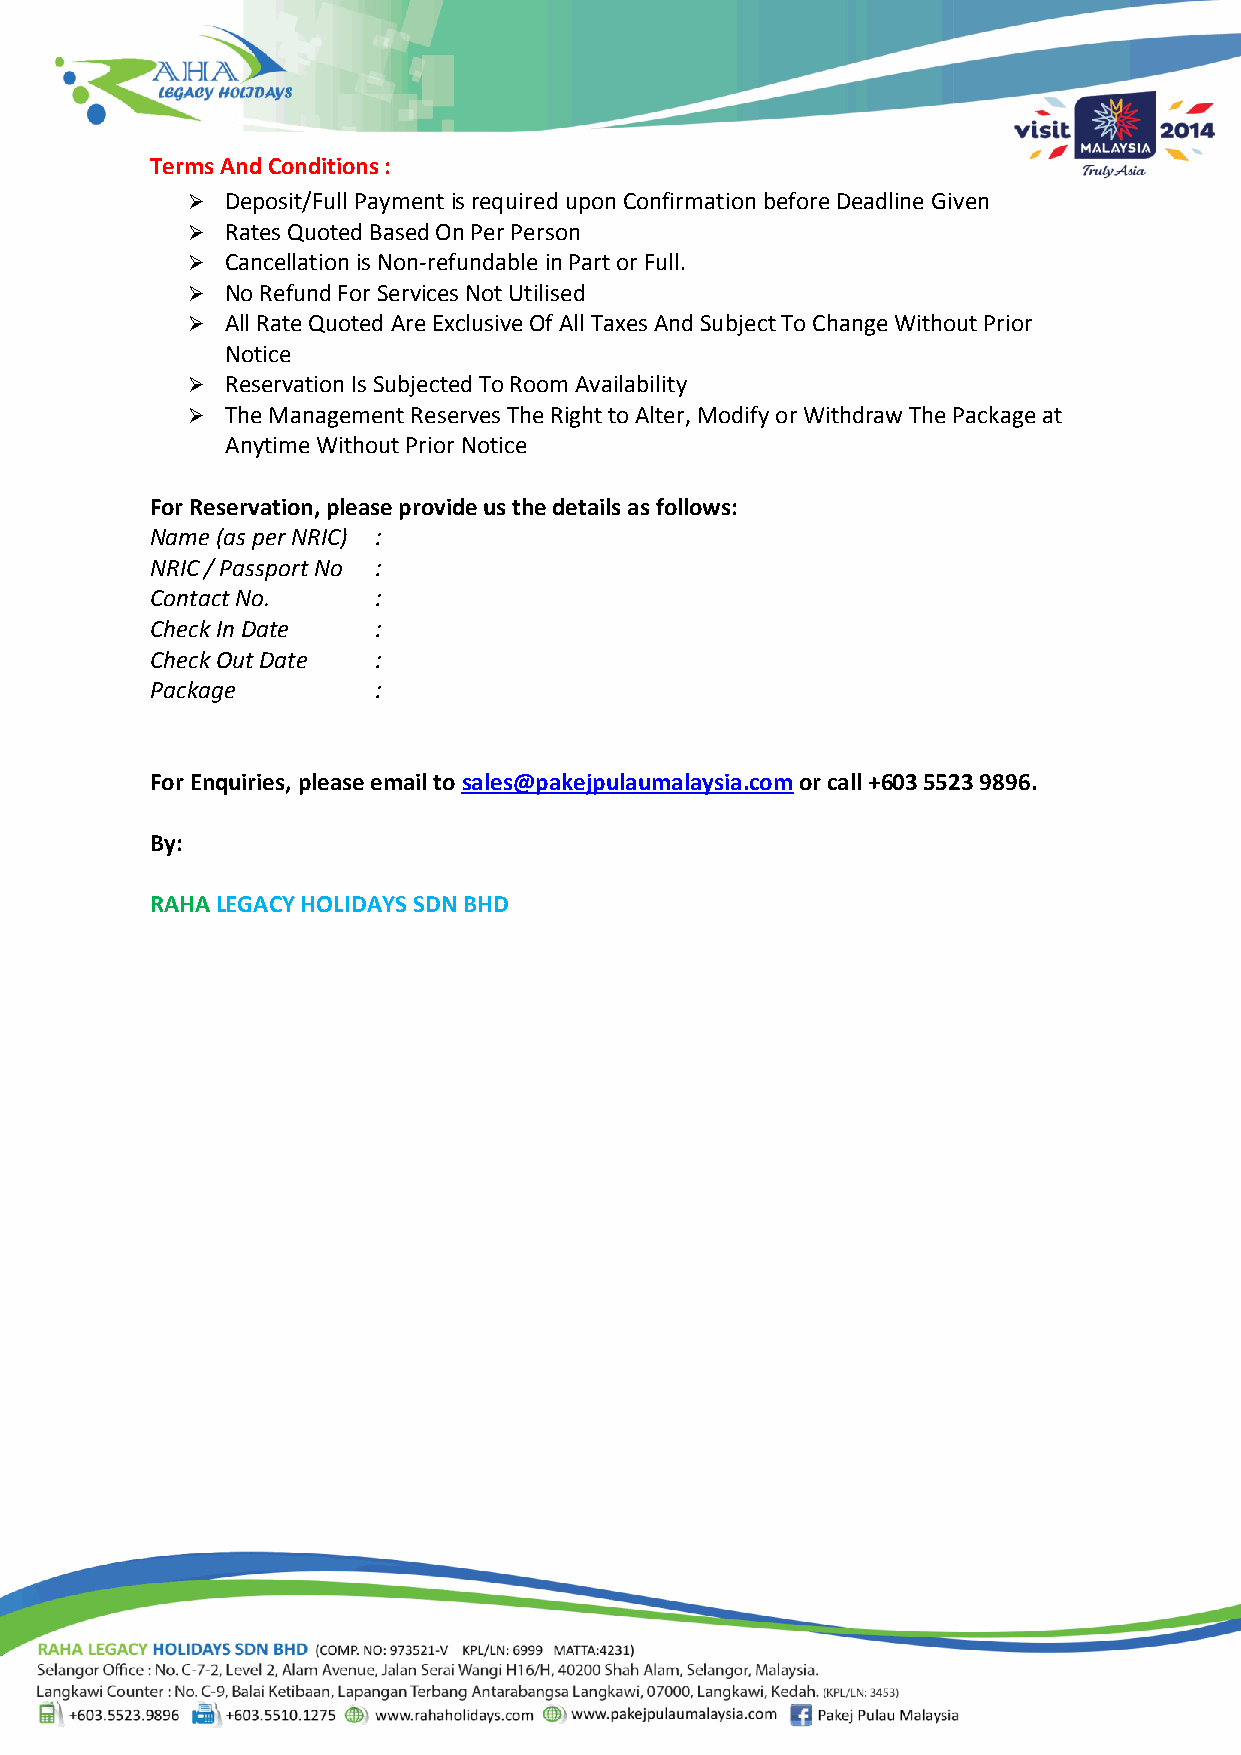
Terms And Conditions :
   Deposit/Full Payment is required upon Confirmation before Deadline Given
   Rates Quoted Based On Per Person
   Cancellation is Non-refundable in Part or Full.
   No Refund For Services Not Utilised
   All Rate Quoted Are Exclusive Of All Taxes And Subject To Change Without Prior
 Notice
   Reservation Is Subjected To Room Availability
   The Management Reserves The Right to Alter, Modify or Withdraw The Package at
 Anytime Without Prior Notice
 For Reservation, please provide us the details as follows:
 Name (as per NRIC) :
 NRIC / Passport No :
 Contact No.    :
 Check In Date  :
 Check Out Date :
 Package        :
 For Enquiries, please email to sales@pakejpulaumalaysia.com or call +603 5523 9896.
 By:
 RAHA LEGACY HOLIDAYS SDN BHD